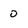
Character: 0